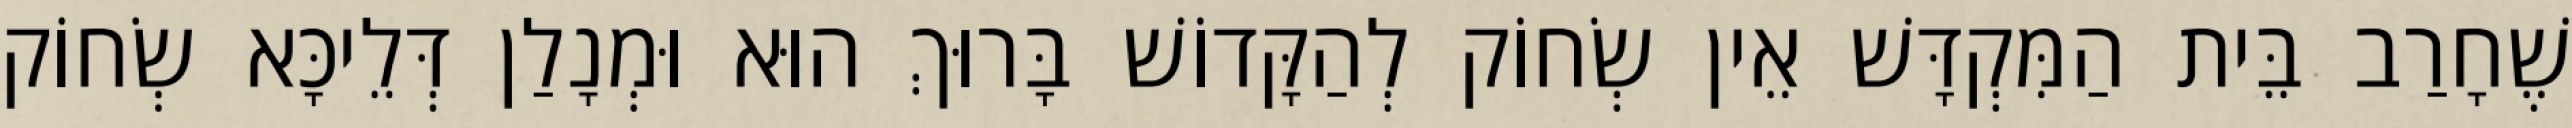
שֶׁחָרַב בֵּית הַמִּקְדָּשׁ אֵין שְׂחוֹק לְהַקָּדוֹשׁ בָּרוּךְ הוּא וּמְנָלַן דְּלֵיכָּא שְׂחוֹק